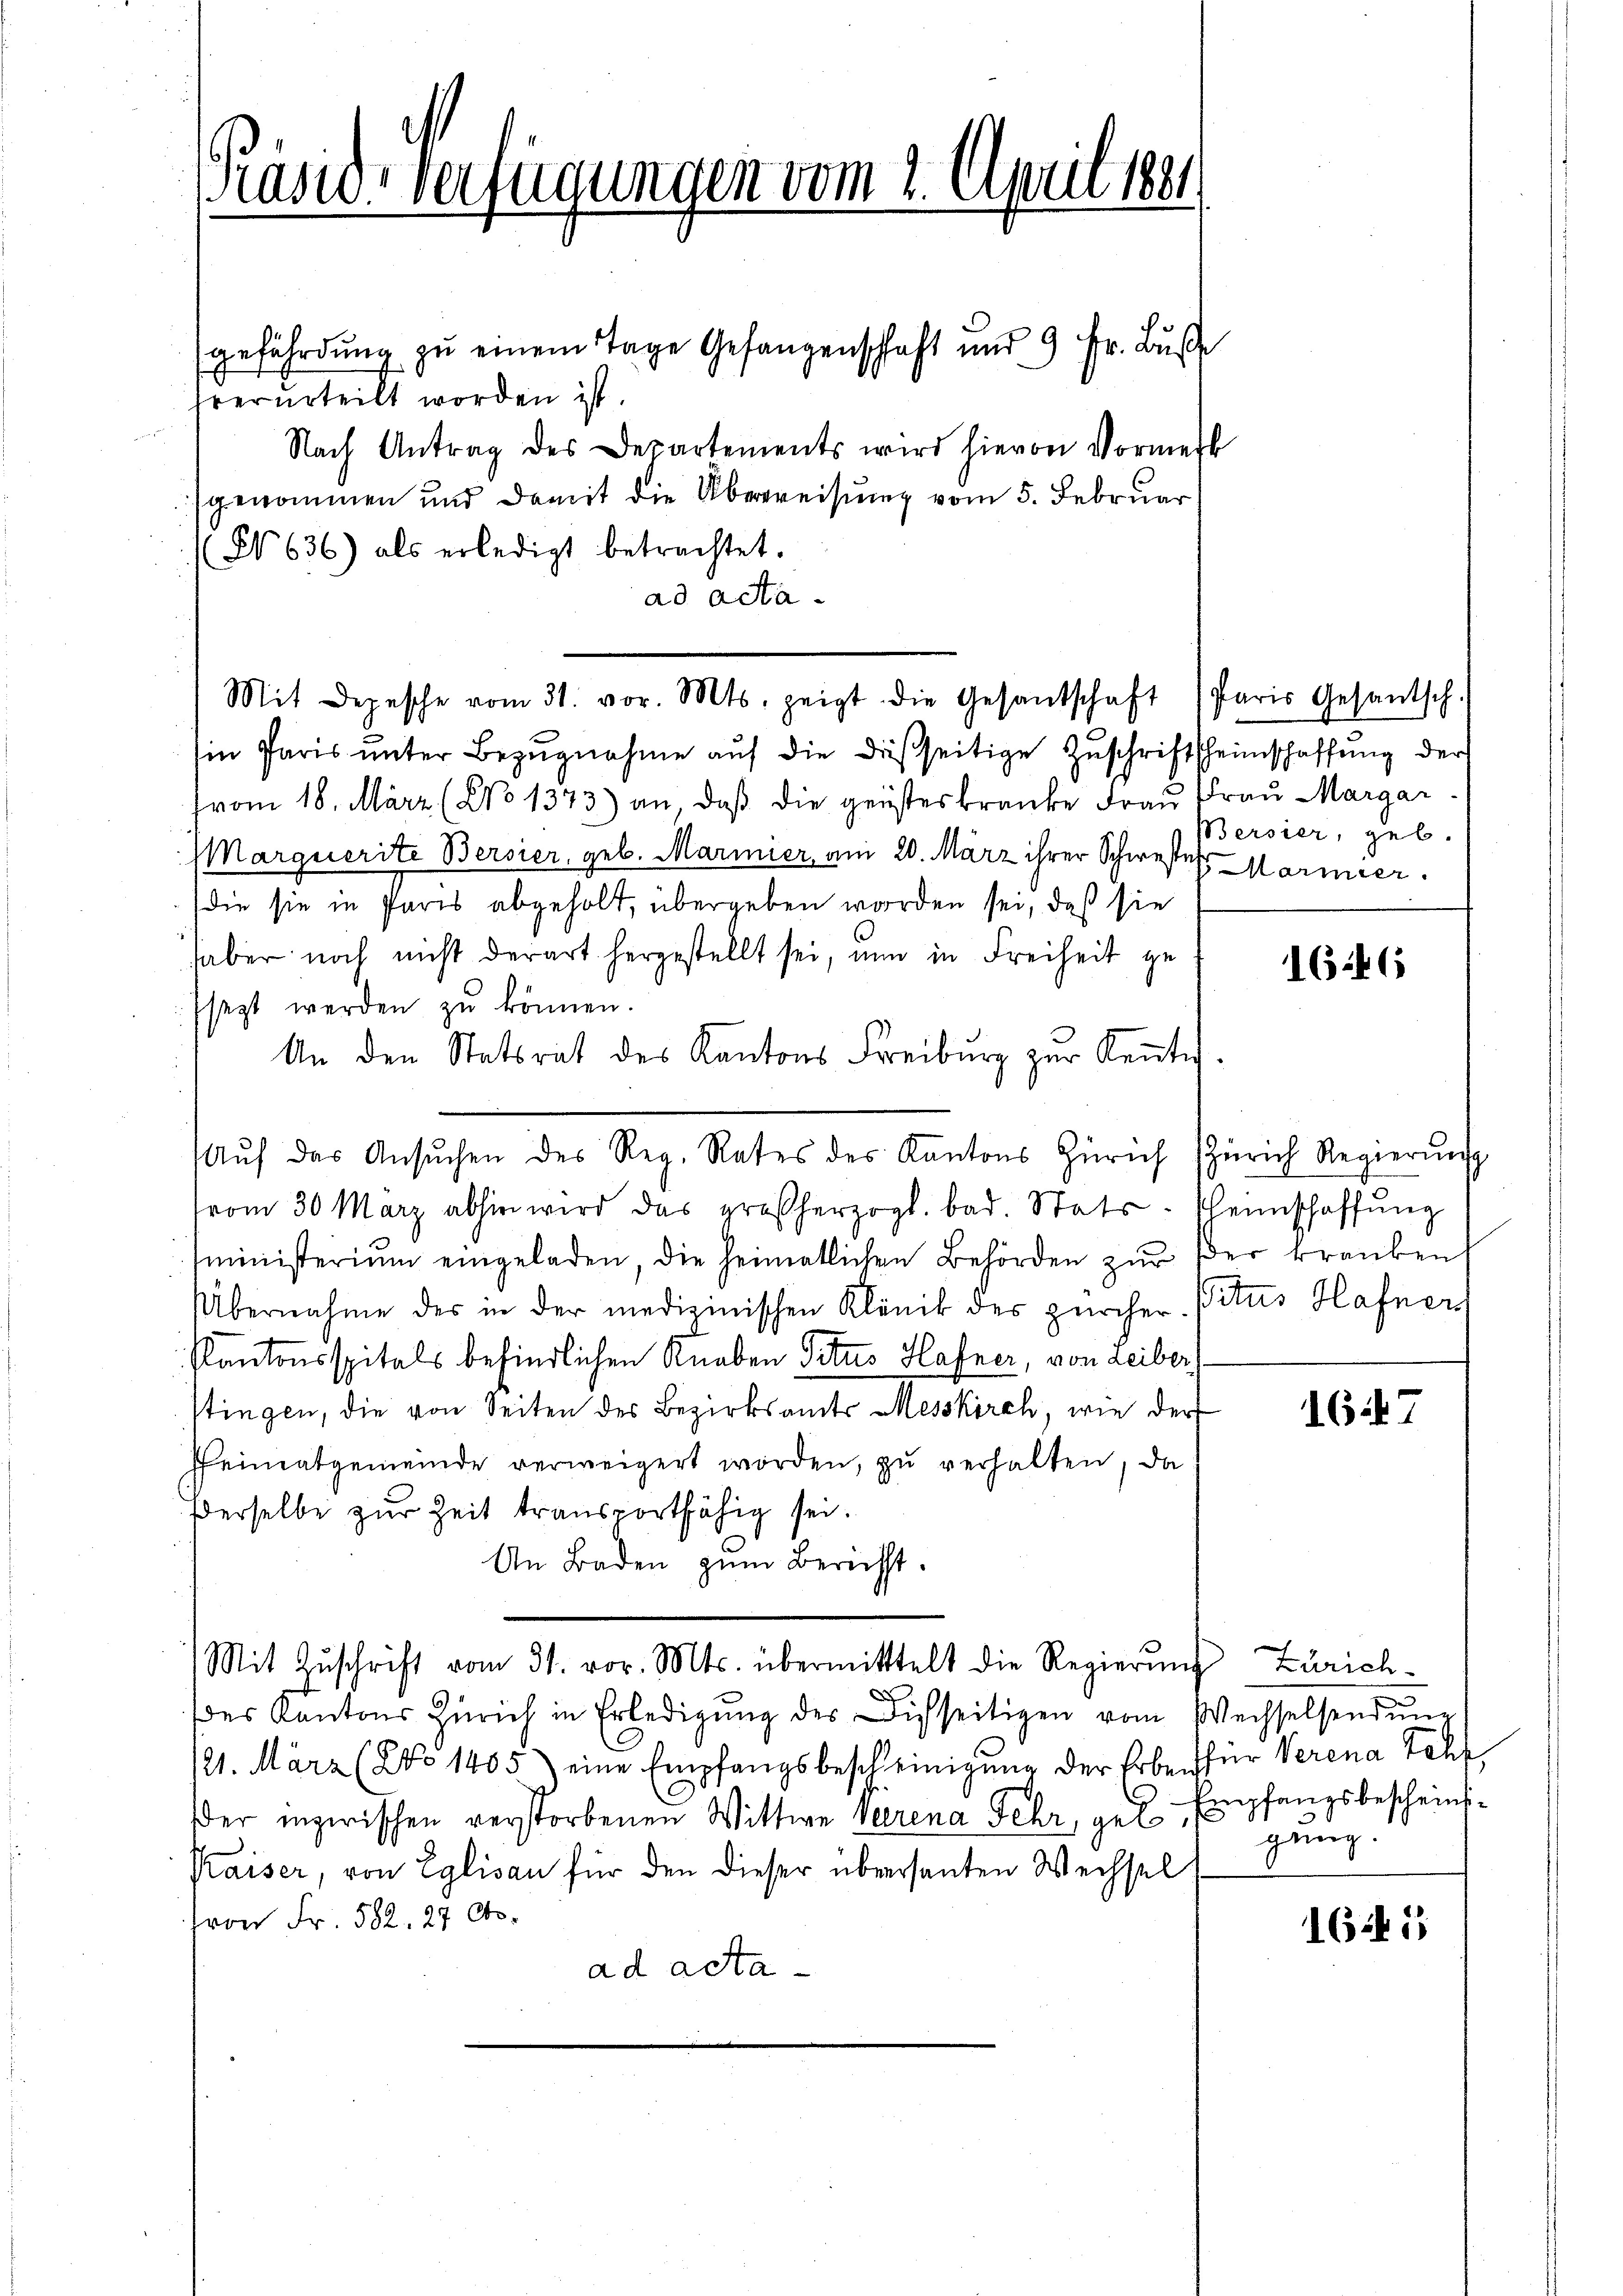
Präsid-Verfügungen vom 2. April 1884
.

gefährdung zu einem Tage Gefangenschaft und 9 Fr. Buße
verurteilt worden ist.
Nach Antrag des Departements wird hievon Vormer
genommen und damit die Überweisung vom 5. Februar
(N 636) als erledigt betrachtet.
ad acta.
Ein Paris ŭnter Bezŭgnahme aŭf die dießseitige Zŭschriftscheinschaffŭng der
vom 18. März (No 1373) an daß die geisteskranke Frau Frau Margar
Marquerite Bersier, geb. Marimier, am 20. März ihrer Schwestes Marmier
die sie in Paris abgeholt, übergeben worden sei, daß sie
haber noch nicht derart hergestellt sei, nun in Freiheit ge
sezt werden zŭ können.
An den Statsrat des Kantons Freiburg zur Keṅte
vom 30. März abhin wird das großherzogl. bad. Stats-Scheinschaffŭng
sministerium eingeladen, die heimatlichen Behörden zŭr der kranken
Übernahme des in der medizinischen Klinik des zürcher. Pitus Hafner
Kantonsspitals befindlichen Knaben Titus Hafner, von Leiber,
stingen, die von Seiten des Bezirksamt Messkirch, wie der
Pheimatgemeinde verweigert worden, zŭ verhalten, da
derselbe zur Zeit transportfähig sei.
An Baden zum Bericht.
Mit Zŭschrift vom 31. vor. Mts. übermitttelt die Regierŭng Zürich-
(der Kantons Zürich in Erledigŭng des Dich seitigen vom Wechselsendŭng
121. März (NNo 1405) eine Empfangsbescheinigŭng der Erben für Verena Tehr
der inzwischen verstorbenen Wittwe Verena Fehr, gen Empfangsbescheins¬
Kaiser, von Eglisau für den dieser übersanten Wechsel
von Fr. 582. 27 Cts.
ad acta

Aŭf das Ansŭchen des Reg. Rates des Kantons Zürich Zürich Regierŭng

Mit Depesche vom 31. vor. Mts. zeigt die Gesandschaft) Paris Gesantsch.

1
b

Bersier, geb.

1646

167

gung.

1651